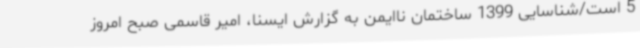
5 است/شناسایی 1399 ساختمان ناایمن به گزارش ایسنا، امیر قاسمی صبح امروز